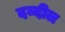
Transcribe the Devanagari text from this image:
दब्दील